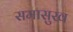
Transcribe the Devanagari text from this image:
समासुख